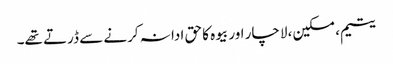
یتیم، مسکین، لاچار اور بیوہ کا حق ادا نہ کرنے سے ڈرتے تھے۔